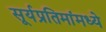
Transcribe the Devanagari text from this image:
सूर्यप्रतिमांमध्ये